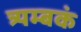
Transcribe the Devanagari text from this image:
त्र्यम्‍बकं